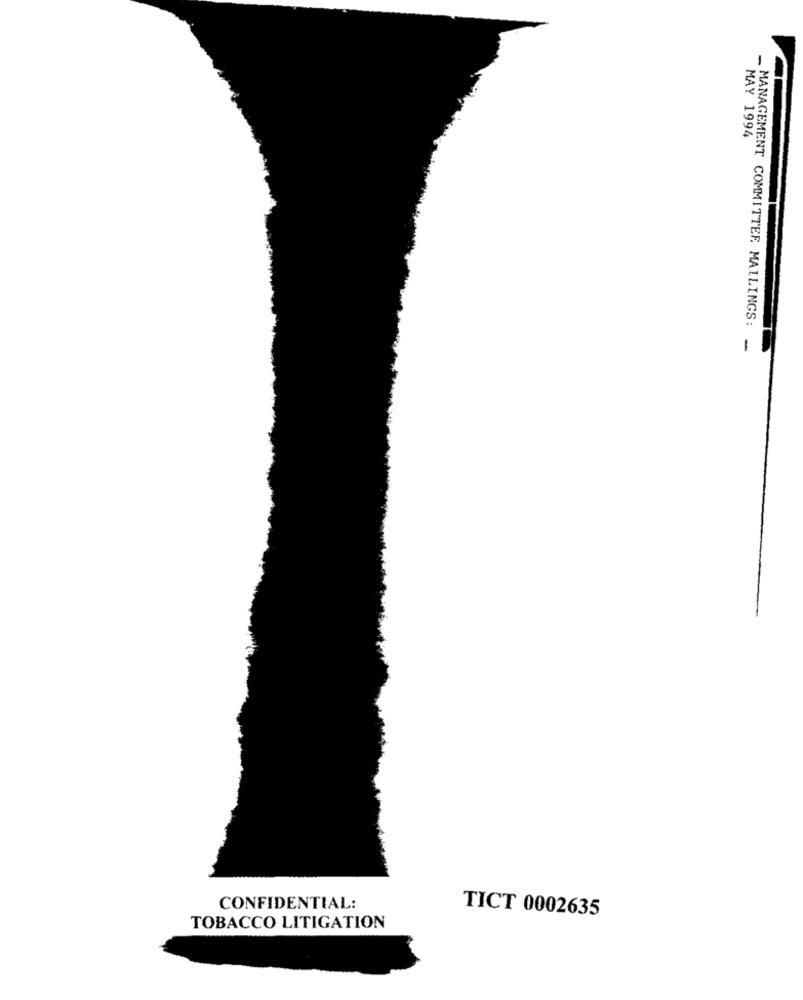
MAY 1994
MANAGEMENT COMMITTEE. MAILINGS:
-
CONFIDENTIAL:
TICT 0002635
TOBACCO LITIGATION